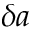
\delta a